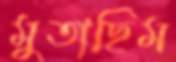
মুতাছিম